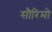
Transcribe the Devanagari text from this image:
सौरिमो